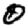
Digit: 0